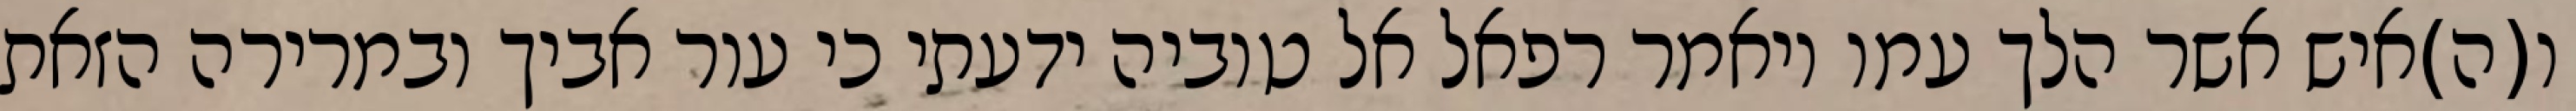
ו(ה)איש אשר הלך עמו ויאמר רפאל אל טוביה ידעתי כי עור אביך ובמרירה הזאת